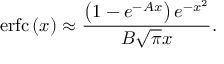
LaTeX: \operatorname { e r f c } \left( x \right) \approx { \frac { \left( 1 - e ^ { - A x } \right) e ^ { - x ^ { 2 } } } { B { \sqrt { \pi } } x } } .